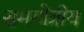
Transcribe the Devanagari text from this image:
समगोत्रीय